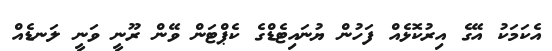
އެކަަމަކު އޭގެ އިރުކޮޅެއް ފަހުން ޔުނައިޓެޑްގެ ކެޕްޓަން ވޭން ރޫނީ ވަނީ ލަނޑެއް